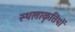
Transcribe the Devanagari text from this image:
स्थलाकॄतियों